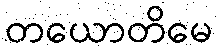
တယောတိမေ